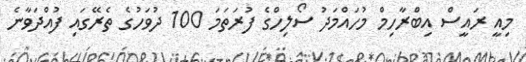
މިއީ ރައީސް އިބްރާހިމް މުހައްމަދު ސޯލިހްގެ ފުރަތަމަ 100 ދުވަހުގެ ތެރޭގައި ފުއްދަވާނެ